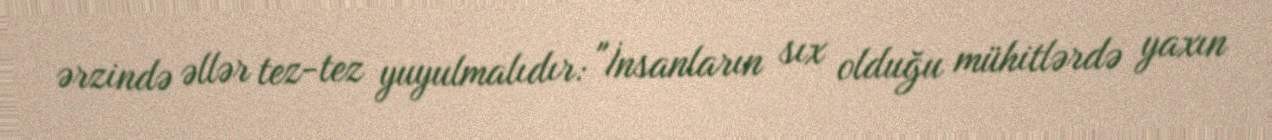
ərzində əllər tez-tez yuyulmalıdır: "İnsanların sıx olduğu mühitlərdə yaxın